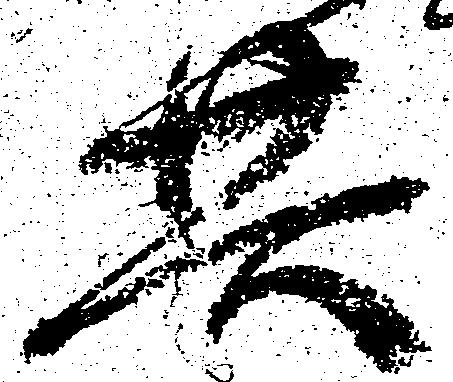
共